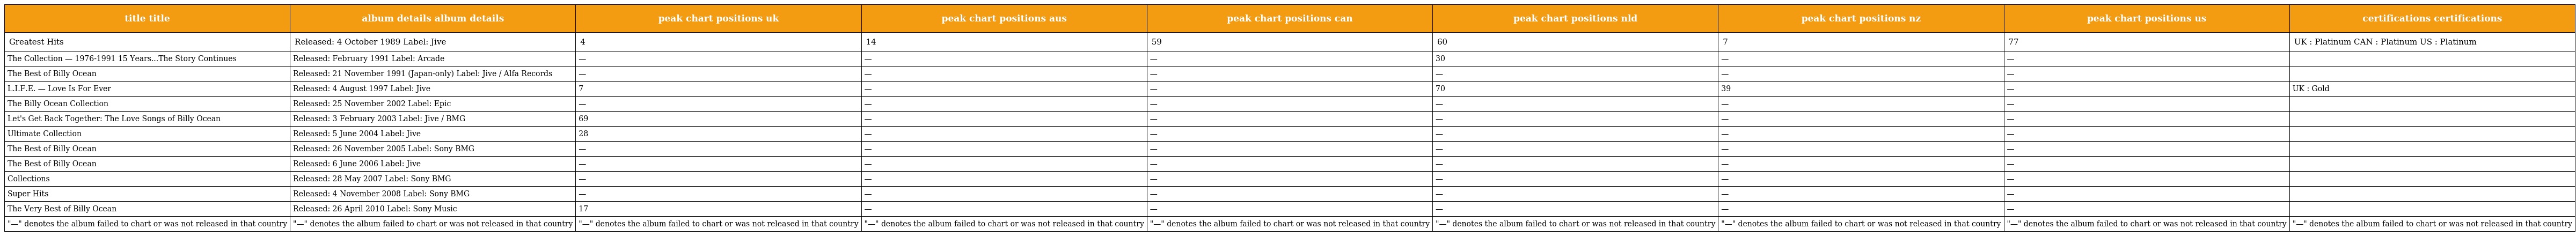
| title title | album details album details | peak chart positions uk | peak chart positions aus | peak chart positions can | peak chart positions nld | peak chart positions nz | peak chart positions us | certifications certifications |
 | --- | --- | --- | --- | --- | --- | --- | --- | --- |
 | Greatest Hits | Released: 4 October 1989 Label: Jive | 4 | 14 | 59 | 60 | 7 | 77 | UK : Platinum CAN : Platinum US : Platinum |
 | The Collection — 1976-1991 15 Years...The Story Continues | Released: February 1991 Label: Arcade | — | — | — | 30 | — | — |  |
 | The Best of Billy Ocean | Released: 21 November 1991 (Japan-only) Label: Jive / Alfa Records | — | — | — | — | — | — |  |
 | L.I.F.E. — Love Is For Ever | Released: 4 August 1997 Label: Jive | 7 | — | — | 70 | 39 | — | UK : Gold |
 | The Billy Ocean Collection | Released: 25 November 2002 Label: Epic | — | — | — | — | — | — |  |
 | Let's Get Back Together: The Love Songs of Billy Ocean | Released: 3 February 2003 Label: Jive / BMG | 69 | — | — | — | — | — |  |
 | Ultimate Collection | Released: 5 June 2004 Label: Jive | 28 | — | — | — | — | — |  |
 | The Best of Billy Ocean | Released: 26 November 2005 Label: Sony BMG | — | — | — | — | — | — |  |
 | The Best of Billy Ocean | Released: 6 June 2006 Label: Jive | — | — | — | — | — | — |  |
 | Collections | Released: 28 May 2007 Label: Sony BMG | — | — | — | — | — | — |  |
 | Super Hits | Released: 4 November 2008 Label: Sony BMG | — | — | — | — | — | — |  |
 | The Very Best of Billy Ocean | Released: 26 April 2010 Label: Sony Music | 17 | — | — | — | — | — |  |
 | "—" denotes the album failed to chart or was not released in that country | "—" denotes the album failed to chart or was not released in that country | "—" denotes the album failed to chart or was not released in that country | "—" denotes the album failed to chart or was not released in that country | "—" denotes the album failed to chart or was not released in that country | "—" denotes the album failed to chart or was not released in that country | "—" denotes the album failed to chart or was not released in that country | "—" denotes the album failed to chart or was not released in that country | "—" denotes the album failed to chart or was not released in that country |